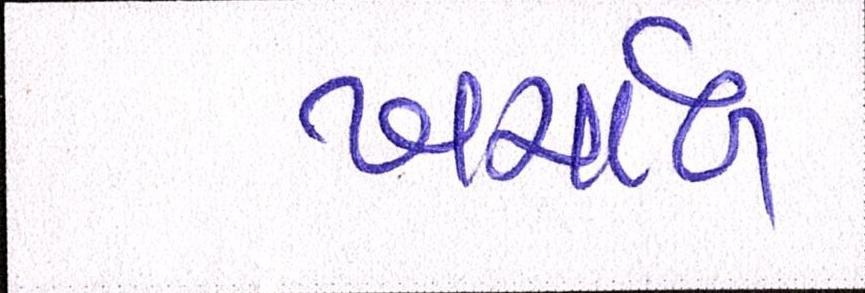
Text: ખર્ચાળ